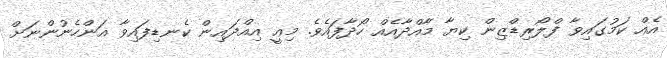
އެއް ކަމުގައިވާ ފްލޯރިޑްޒިން ކިޔާ މާއްދާއެއް ހޯދާފައެވެ. މިއީ އިއްދައިން ކެނޑިފައިވާ އަންހެނުންނަށް